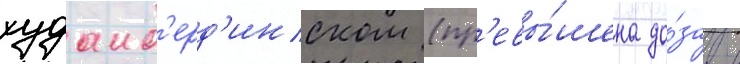
худаиб'ерд'инском (пр'евы́шена до́за в